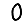
Digit: 0